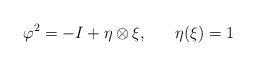
LaTeX: \begin{align*}\varphi ^{2}=-I+\eta \otimes \xi ,\begin{array}{cc}&\end{array}\eta (\xi )=1\end{align*}